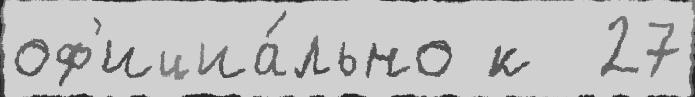
оф'ициа́льно к  27